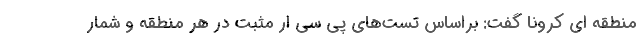
منطقه ای کرونا گفت: براساس تست‌های پی سی ار مثبت در هر منطقه و شمار